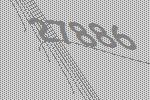
27886